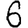
Digit: 6